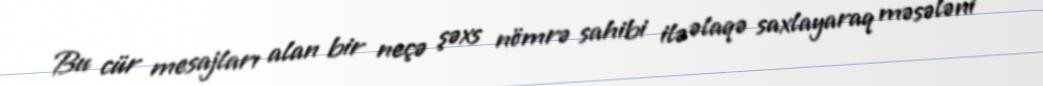
Bu cür mesajları alan bir neçə şəxs nömrə sahibi ilə əlaqə saxlayaraq məsələni